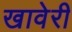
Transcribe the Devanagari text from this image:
खावेरी